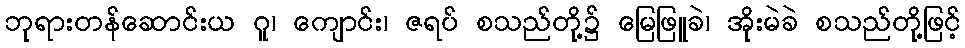
ဘုရားတန်ဆောင်းယ ဂူ၊ ကျောင်း၊ ဇရပ် စသည်တို့၌ မြေဖြူခဲ၊ အိုးမဲခဲ စသည်တို့ဖြင့်